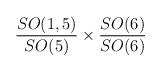
LaTeX: \begin{align*}{SO(1,5)\over SO(5)} \times { SO(6)\over SO(6)}\end{align*}